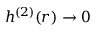
h ^ { ( 2 ) } ( r ) \to 0